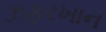
ઝફરખાન